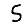
Digit: 5